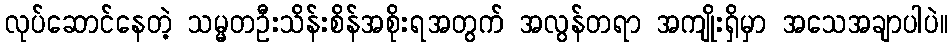
လုပ်ဆောင်နေတဲ့ သမ္မတဦးသိန်းစိန်အစိုးရအတွက် အလွန်တရာ အကျိုးရှိမှာ အသေအချာပါပဲ။